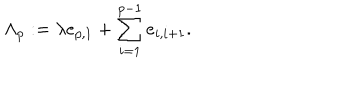
\Lambda _ { p } : = \lambda e _ { p , 1 } + \sum _ { i = 1 } ^ { p - 1 } e _ { i , i + 1 } .